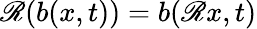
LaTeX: \mathscr{R}(b(x,t))=b(\mathscr{R}x,t)